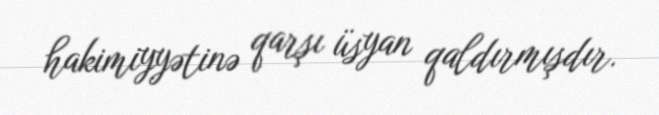
hakimiyyətinə qarşı üsyan qaldırmışdır.